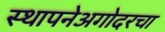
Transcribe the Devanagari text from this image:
स्थापनेअगोदरचा